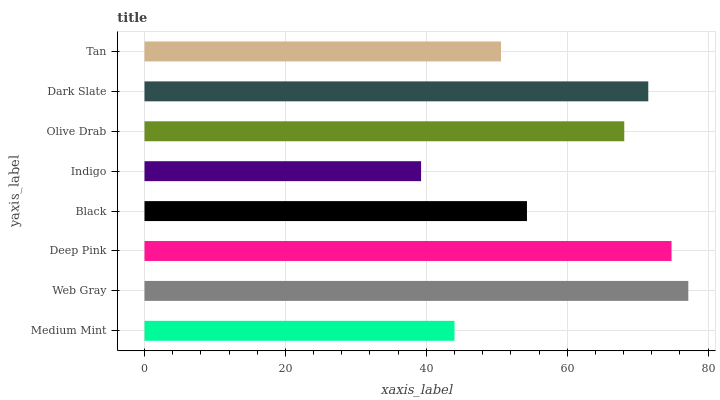
| yaxis_label | bars |
 | --- | --- |
 | Medium Mint | 44 |
 | Web Gray | 77.2 |
 | Deep Pink | 74.8 |
 | Black | 54.3 |
 | Indigo | 39.3 |
 | Olive Drab | 68.1 |
 | Dark Slate | 71.5 |
 | Tan | 50.6 |